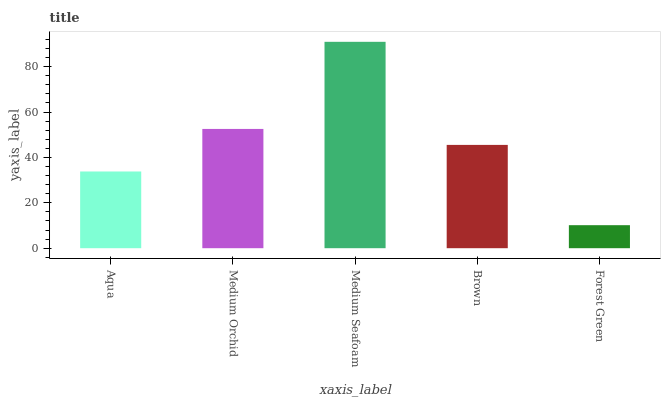
| xaxis_label | bars |
 | --- | --- |
 | Aqua | 33.8 |
 | Medium Orchid | 52.5 |
 | Medium Seafoam | 90.9 |
 | Brown | 45.5 |
 | Forest Green | 10.1 |